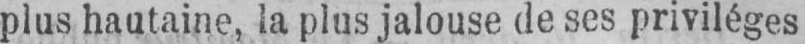
plus hautaine, la plus jalouse de ses priviléges